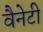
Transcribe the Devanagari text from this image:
वैनेटी